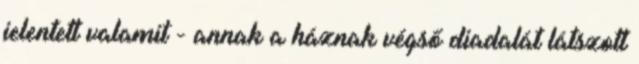
jelentett valamit - annak a háznak végső diadalát látszott